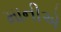
માનીએ